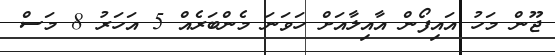
ޖޫން މަހު އައިފޯން އާއިލާއަށް ހަވަނަ މެންބަރެއް 5 އަހަރު 8 މަސް